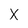
Character: X